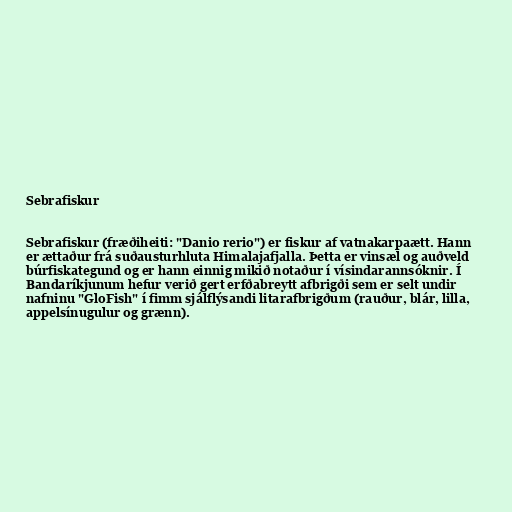
Sebrafiskur

Sebrafiskur (fræðiheiti: "Danio rerio") er fiskur af vatnakarpaætt. Hann
er ættaður frá suðausturhluta Himalajafjalla. Þetta er vinsæl og auðveld
búrfiskategund og er hann einnig mikið notaður í vísindarannsóknir. Í
Bandaríkjunum hefur verið gert erfðabreytt afbrigði sem er selt undir
nafninu "GloFish" í fimm sjálflýsandi litarafbrigðum (rauður, blár, lilla,
appelsínugulur og grænn).